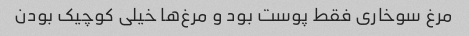
مرغ سوخاری فقط پوست بود و مرغ‌ها خیلی کوچیک بودن